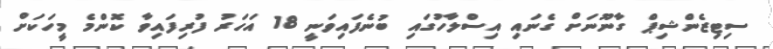
ސިޓިޒެންޝިޕް ގާނޫނަށް ގެނައި އިސްލާހުގައި ބުނެފައިވަނީ 18 އަހަރު ފުރިފައިވާ ކޮންމެ މީހަކަށް